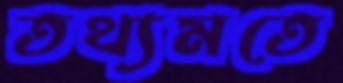
তথ্যমতে